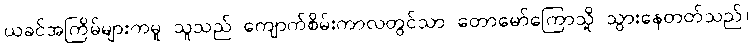
ယခင်အကြိမ်များကမူ သူသည် ကျောက်စိမ်းကာလတွင်သာ တောမော်ကြောသို့ သွားနေတတ်သည်။